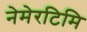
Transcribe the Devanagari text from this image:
नेमेरटिमि